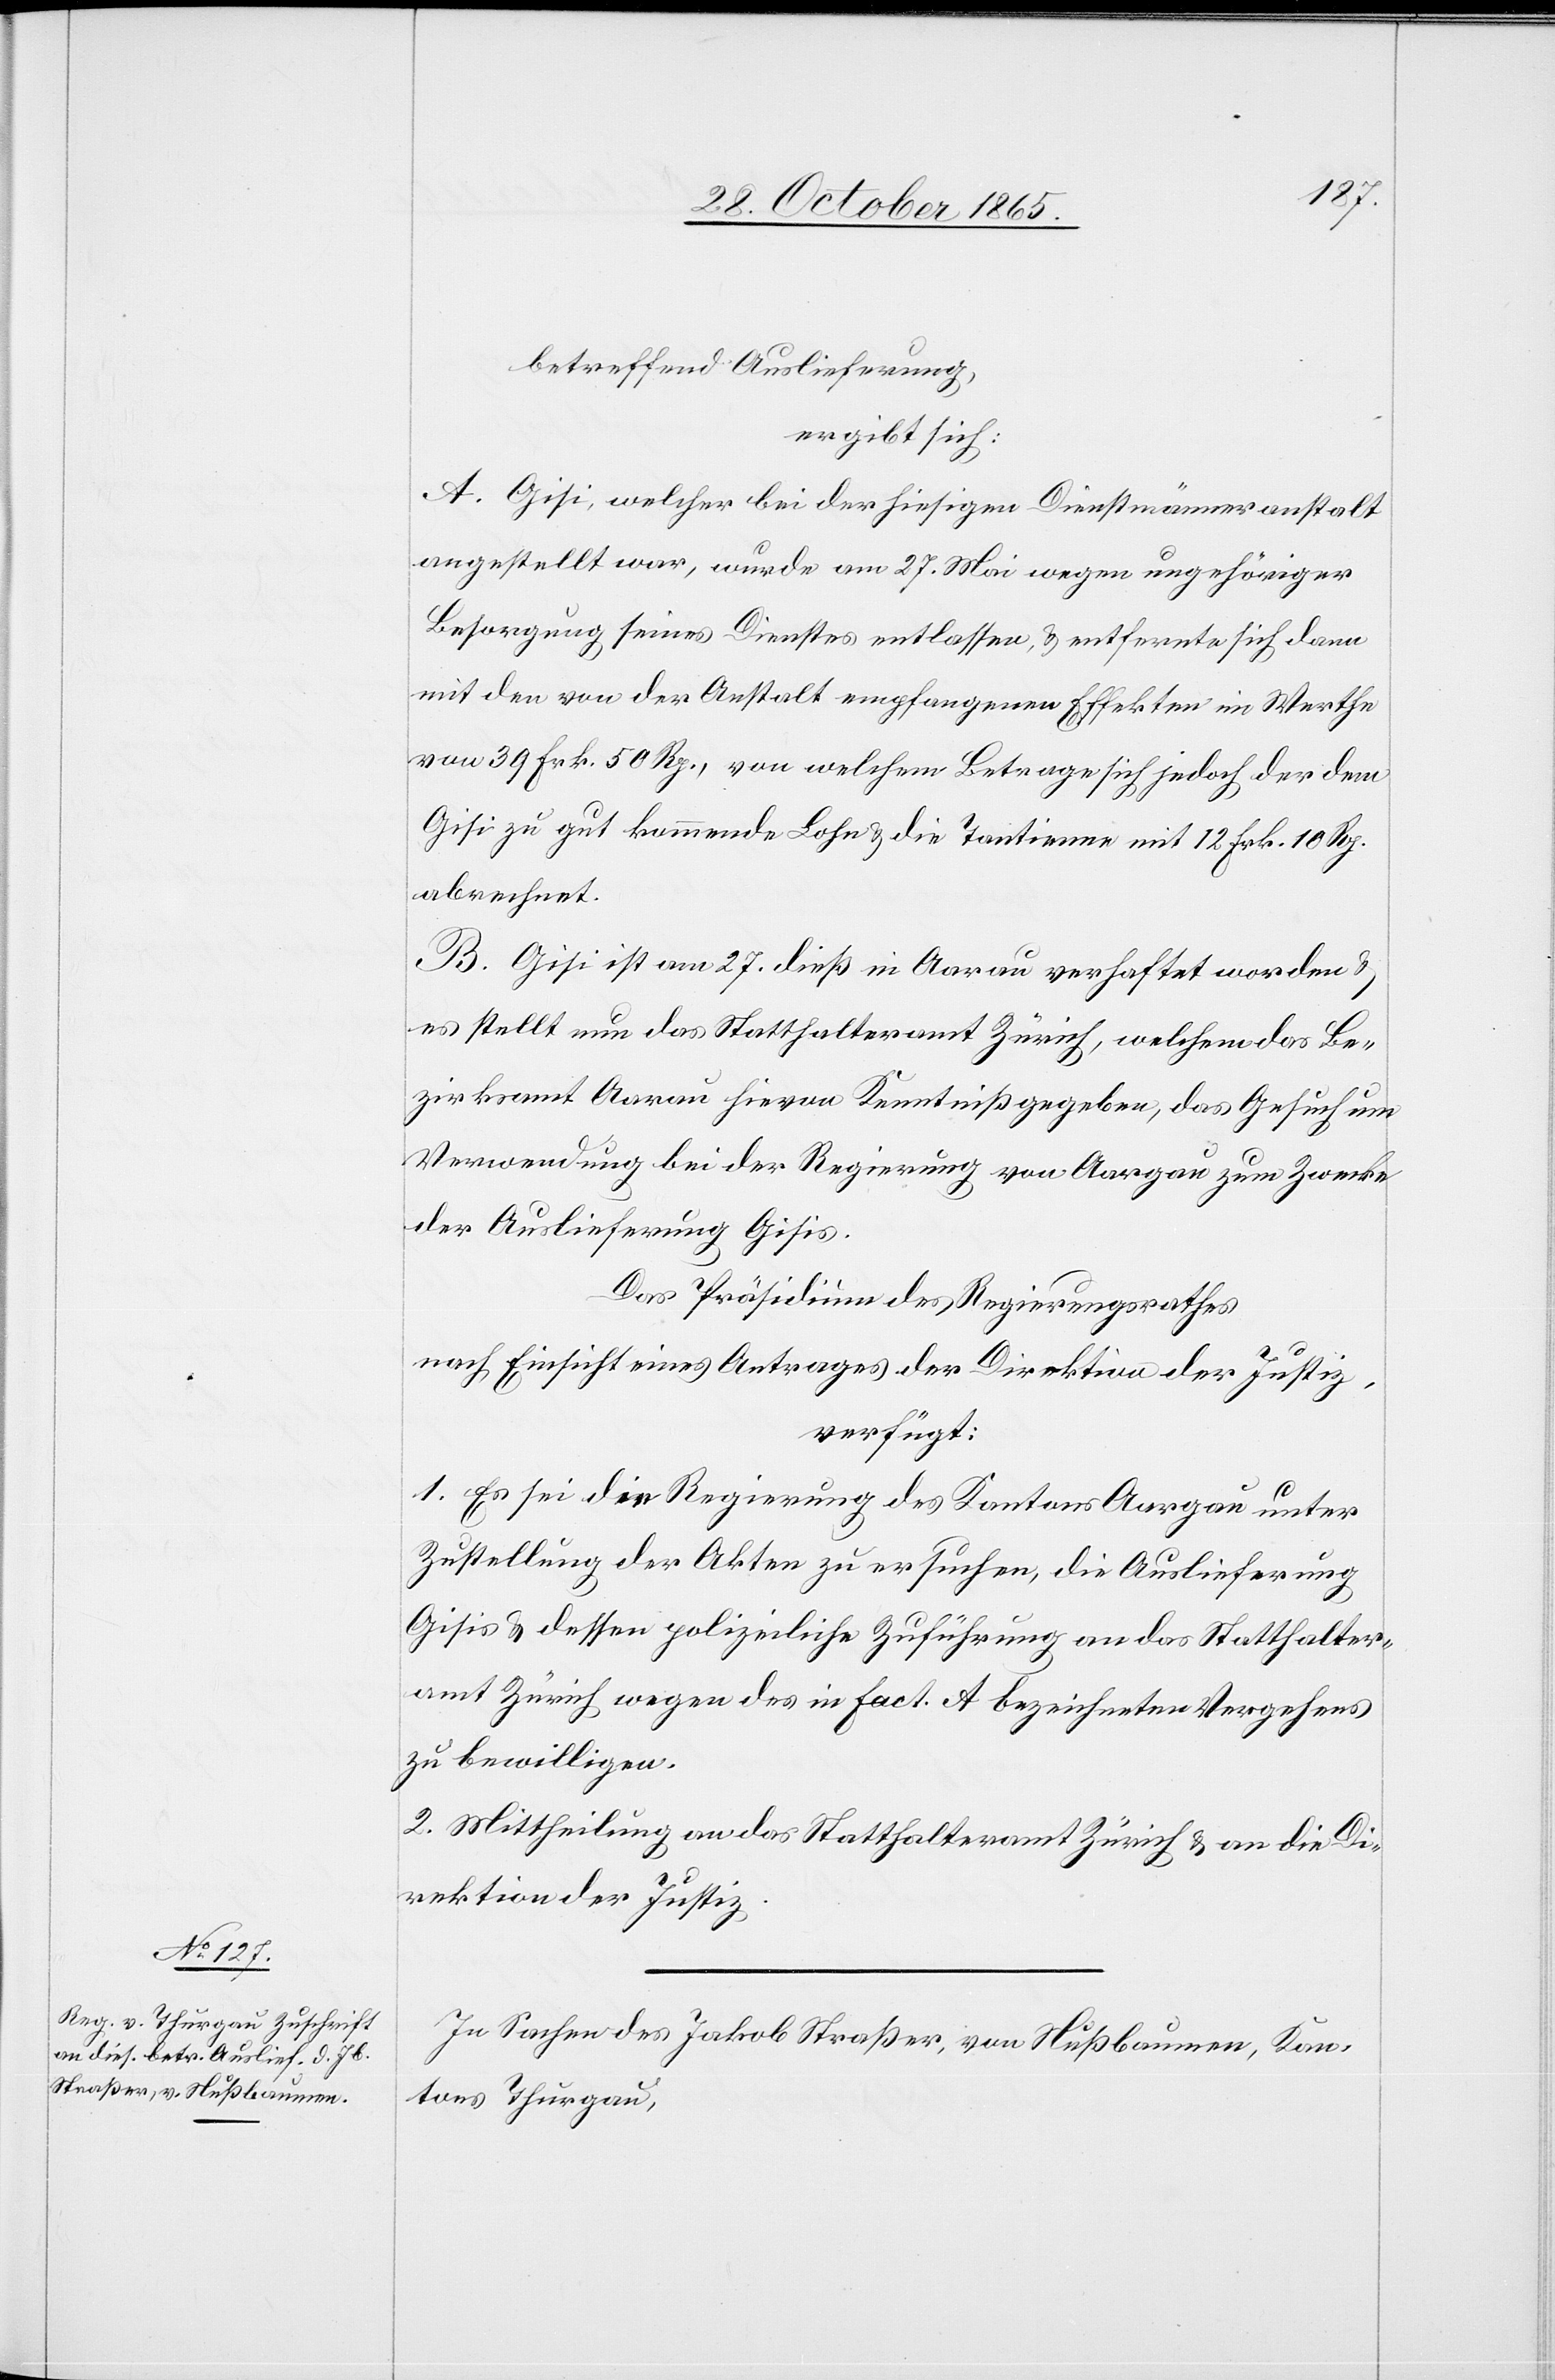
30. October 1865.]
betreffend Auslieferung,
ergibt sich:
A. Gisi, welcher bei der hiesigen Dienstmänneranstalt
angestellt war, wurde am 27. Mai wegen ungehöriger
Besorgung seines Dienstes entlassen, & entfernte sich dann
mit den von der Anstalt empfangenen Effekten im Werthe
von 39 Frk. 50 Rp., von welchem Betrage sich jedoch der dem
Gisi zu gut kommende Lohn & die Tantieme mit 12 Frk. 10 Rp.
abrechnet.
B. Gisi ist am 27. dieß in Aarau verhaftet worden &
es stellt nun das Statthalteramt Zürich, welchem das Be¬
zirksamt Aarau hievon Kenntniß gegeben, das Gesuch um
Verwendung bei der Regierung von Aargau zum Zwecke
der Auslieferung Gisis.
Das Präsidium des Regierungsrathes
nach Einsicht eines Antrages der Direktion der Justiz,
verfügt:
1. Es sei die Regierung des Kantons Aargau unter
Zustellung der Akten zu ersuchen, die Auslieferung
Gisis & dessen polizeiliche Zuführung an das Statthalter¬
amt Zürich wegen des in Fact. A bezeichneten Vergehens
zu bewilligen.
2. Mittheilung an das Statthalteramt Zürich & an die Di¬
rektion der Justiz.
In Sachen des Jakob Straßer, von Nußbaumen, Kan¬
tons Thurgau,